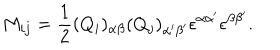
M _ { i j } = \frac { 1 } { 2 } ( Q _ { i } ) _ { \alpha \beta } ( Q _ { j } ) _ { \alpha ^ { \prime } \beta ^ { \prime } } \epsilon ^ { \alpha \alpha ^ { \prime } } \epsilon ^ { \beta \beta ^ { \prime } } . \nonumber